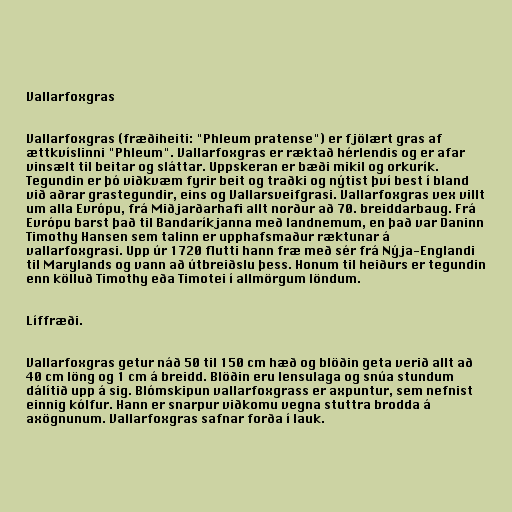
Vallarfoxgras

Vallarfoxgras (fræðiheiti: "Phleum pratense") er fjölært gras af
ættkvíslinni "Phleum". Vallarfoxgras er ræktað hérlendis og er afar
vinsælt til beitar og sláttar. Uppskeran er bæði mikil og orkurík.
Tegundin er þó viðkvæm fyrir beit og traðki og nýtist því best í bland
við aðrar grastegundir, eins og Vallarsveifgrasi. Vallarfoxgras vex villt
um alla Evrópu, frá Miðjarðarhafi allt norður að 70. breiddarbaug. Frá
Evrópu barst það til Bandaríkjanna með landnemum, en það var Daninn
Timothy Hansen sem talinn er upphafsmaður ræktunar á
vallarfoxgrasi. Upp úr 1720 flutti hann fræ með sér frá Nýja-Englandi
til Marylands og vann að útbreiðslu þess. Honum til heiðurs er tegundin
enn kölluð Timothy eða Timotei í allmörgum löndum.

Líffræði.

Vallarfoxgras getur náð 50 til 150 cm hæð og blöðin geta verið allt að
40 cm löng og 1 cm á breidd. Blöðin eru lensulaga og snúa stundum
dálítið upp á sig. Blómskipun vallarfoxgrass er axpuntur, sem nefnist
einnig kólfur. Hann er snarpur viðkomu vegna stuttra brodda á
axögnunum. Vallarfoxgras safnar forða í lauk.